Report of the Indian Hemp Drugs Commission, 1894-1895 - Volume VI
Year: 1894
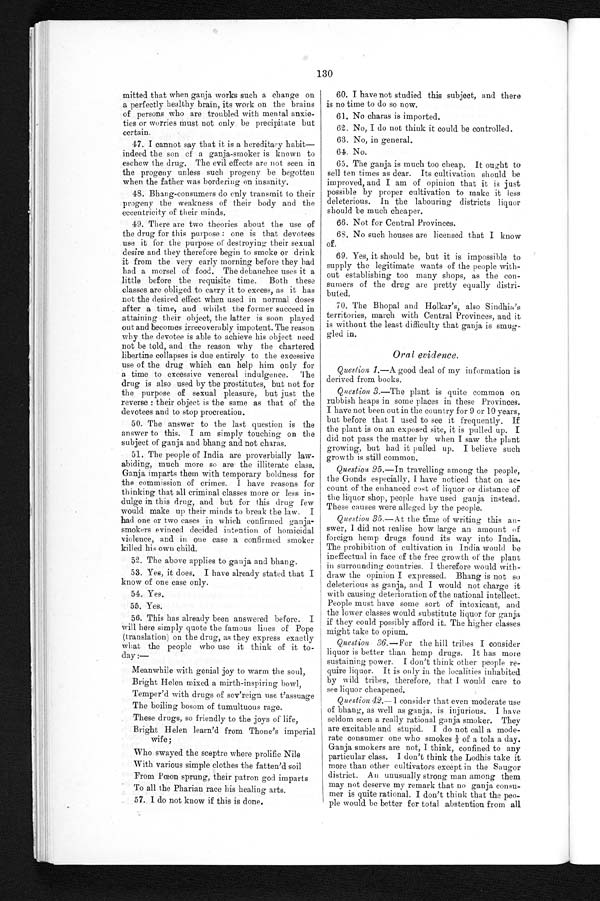
130
mitted that when ganja works such a change on
a perfectly healthy brain, its work on the brains
of persons who are troubled with mental anxie
-ties or worries must not only be precipitate but
certain.
47. I cannot say that it is a hereditary habit—
indeed the son of a ganja-smoker is known to
eschew the drug. The evil effects are not seen in
the progeny unless such progeny be begotten
when the father was bordering on insanity.
48. Bhang-consumers do only transmit to their
progeny the weakness of their body and the
eccentricity of their minds.
49. There are two theories about the use of
the drug for this purpose: one is that devotees
use it for the purpose of destroying their sexual
desire and they therefore begin to smoke or drink
it from the very early morning before they had
had a morsel of food. The debauches uses it a
little before the requisite time. Both these
classes are obliged to carry it to excess, as it has
not the desired effect when used in normal doses
after a time, and whilst the former succeed in
attaining their object, the latter is soon played
out and becomes irrecoverably impotent. The reason
why the devotee is able to achieve his object need
not be told, and the reason why the chartered
libertine collapses is due entirely to the excessive
use of the drug which can help him only for
a time to excessive venereal indulgence. The
drug is also used by the prostitutes, but not for
the purpose of sexual pleasure, but just the
reverse: their object is the same as that of the
devotees and to stop procreation.
50. The answer to the last question is the
answer to this. I am simply touching on the
subject of ganja and bhang and not charas.
51. The people of India are proverbially law-
abiding, much more so are the illiterate class.
Ganja imparts them with temporary boldness for
the commission of crimes. I have reasons for
thinking that all criminal classes more or less in
-dulge in this drug, and but for this drug few
would make up their minds to break the law. I
had one or two cases in which confirmed ganja
-smokers evinced decided intention of homicidal
violence, and in one case a confirmed smoker
killed his own child.
52. The above applies to ganja and bhang.
53. Yes, it does. I have already stated that I
know of one case only.
54. Yes.
55. Yes.
56. This has already been answered before. I
will here simply quote the famous lines of Pope
(translation) on the drug, as they express exactly
what the people who use it think of it to
-day: —
Meanwhile with genial joy to warm the soul,
Bright Helen mixed a mirth-inspiring bowl,
Temper'd with drugs of sov'reign use t'assuage
The boiling bosom of tumultuous rage.
These drugs, so friendly to the joys of life,
Bright Helen learn'd from Thone's imperia
wife;
Who swayed the sceptre where prolific Nile
With various simple clothes the fatten'd soil
From Pœon sprung, their patron god imparts
To all the Pharian race his healing arts.
57. I do not know if this is done.
60. I have not studied this subject, and there
is no time to do so now.
61. No charas is imported.
62. No, I do not think it could be controlled.
63. No, in general.
64. No.
65. The ganja is much too cheap. It ought to
sell ten times as dear. Its cultivation should be
improved, and I am of opinion that it is just
possible by proper cultivation to make it less
deleterious. In the labouring districts liquor
should be much cheaper.
66. Not for Central Provinces.
68. No such houses are licensed that I know
of.
69. Yes, it should be, but it is impossible to
supply the legitimate wants of the people with
-out establishing too many shops, as the con
-sumers of the drug are pretty equally distri
- b u t e d .
70. The Bhopal and Holkar's, also Sindhia's
territories, march with Central Provinces, and it
is without the least difficulty that ganja is smug
-gled in.
Oral evidence.
Question 1.—A good deal of my information is
derived from books.
Question 3 .—The plant is quite common on
rubbish heaps in some places in these Provinces.
I have not been out in the country for 9 or 10 years,
but before that I used to see it frequently. If
the plant is on an exposed site, it is pulled up. I
did not pass the matter by when I saw the plant
growing, but had it pulled up. I believe such
growth is still common.
Question 25 .—In travelling among the people,
the Gonds especially, I have noticed that on ac
- c o u n t o f t h e e n h a n c e d c o s t o f l i q u o r o r d i s t a n c e o f
the liquor shop, people have used ganja instead.
These causes were alleged by the people.
Question 35 .—A t the time of writing this an
- s w e r , I d i d n o t r e a l i s e h o w l a r g e a n a m o u n t o f
foreign hemp drugs found its way into India.
The prohibition of cultivation in India would be
ineffectual in face of the free growth of the plant
in surrounding countries. I therefore would With
-draw the opinion I expressed. Bhang is not so
deleterious as ganja, and I would not charge it
with causing deterioration of the national intellect.
People must have some sort of intoxicant, and
the lower classes would substitute liquor for ganja
if they could possibly afford it. The higher classes
might take to opium.
Question 36 .—For the hill tribes I consider
liquor is better than hemp drus. It has more
sustaining power. I don't think other people re
-quire liquor. It is only in the localities inhabited
by wild tribes, therefore, that I would care to
see liquor cheapened.
Question 42.— I consider that even moderate use
of bhang, as well as ganja, is injurious. I have
seldom seen a really rational ganja smoker. They
are excitable and stupid. I do not call a mode
-rate consumer one who smokes ⅓ of a tola a day.
Ganja smokers are not, I think, confined to any
particular class. I don't think the Lodhis take it
more than other cultivators except in the Saugor
district. An unusually strong man among them
may not deserve my remark that no ganja consu
-mer is quite rational. I don't think that the peo
-ple would be better for total abstention from all